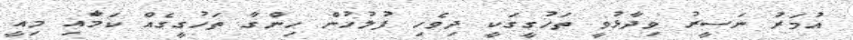
އުމަރު ނަސީރު ވިދާޅުވީ ތަހުގީގަކީ ދިވެހި ފުލުހުން ހިންގާ ތަހުގީގެއް ކަމަާއި މިއީ